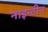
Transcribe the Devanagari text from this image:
नाइन्टीन